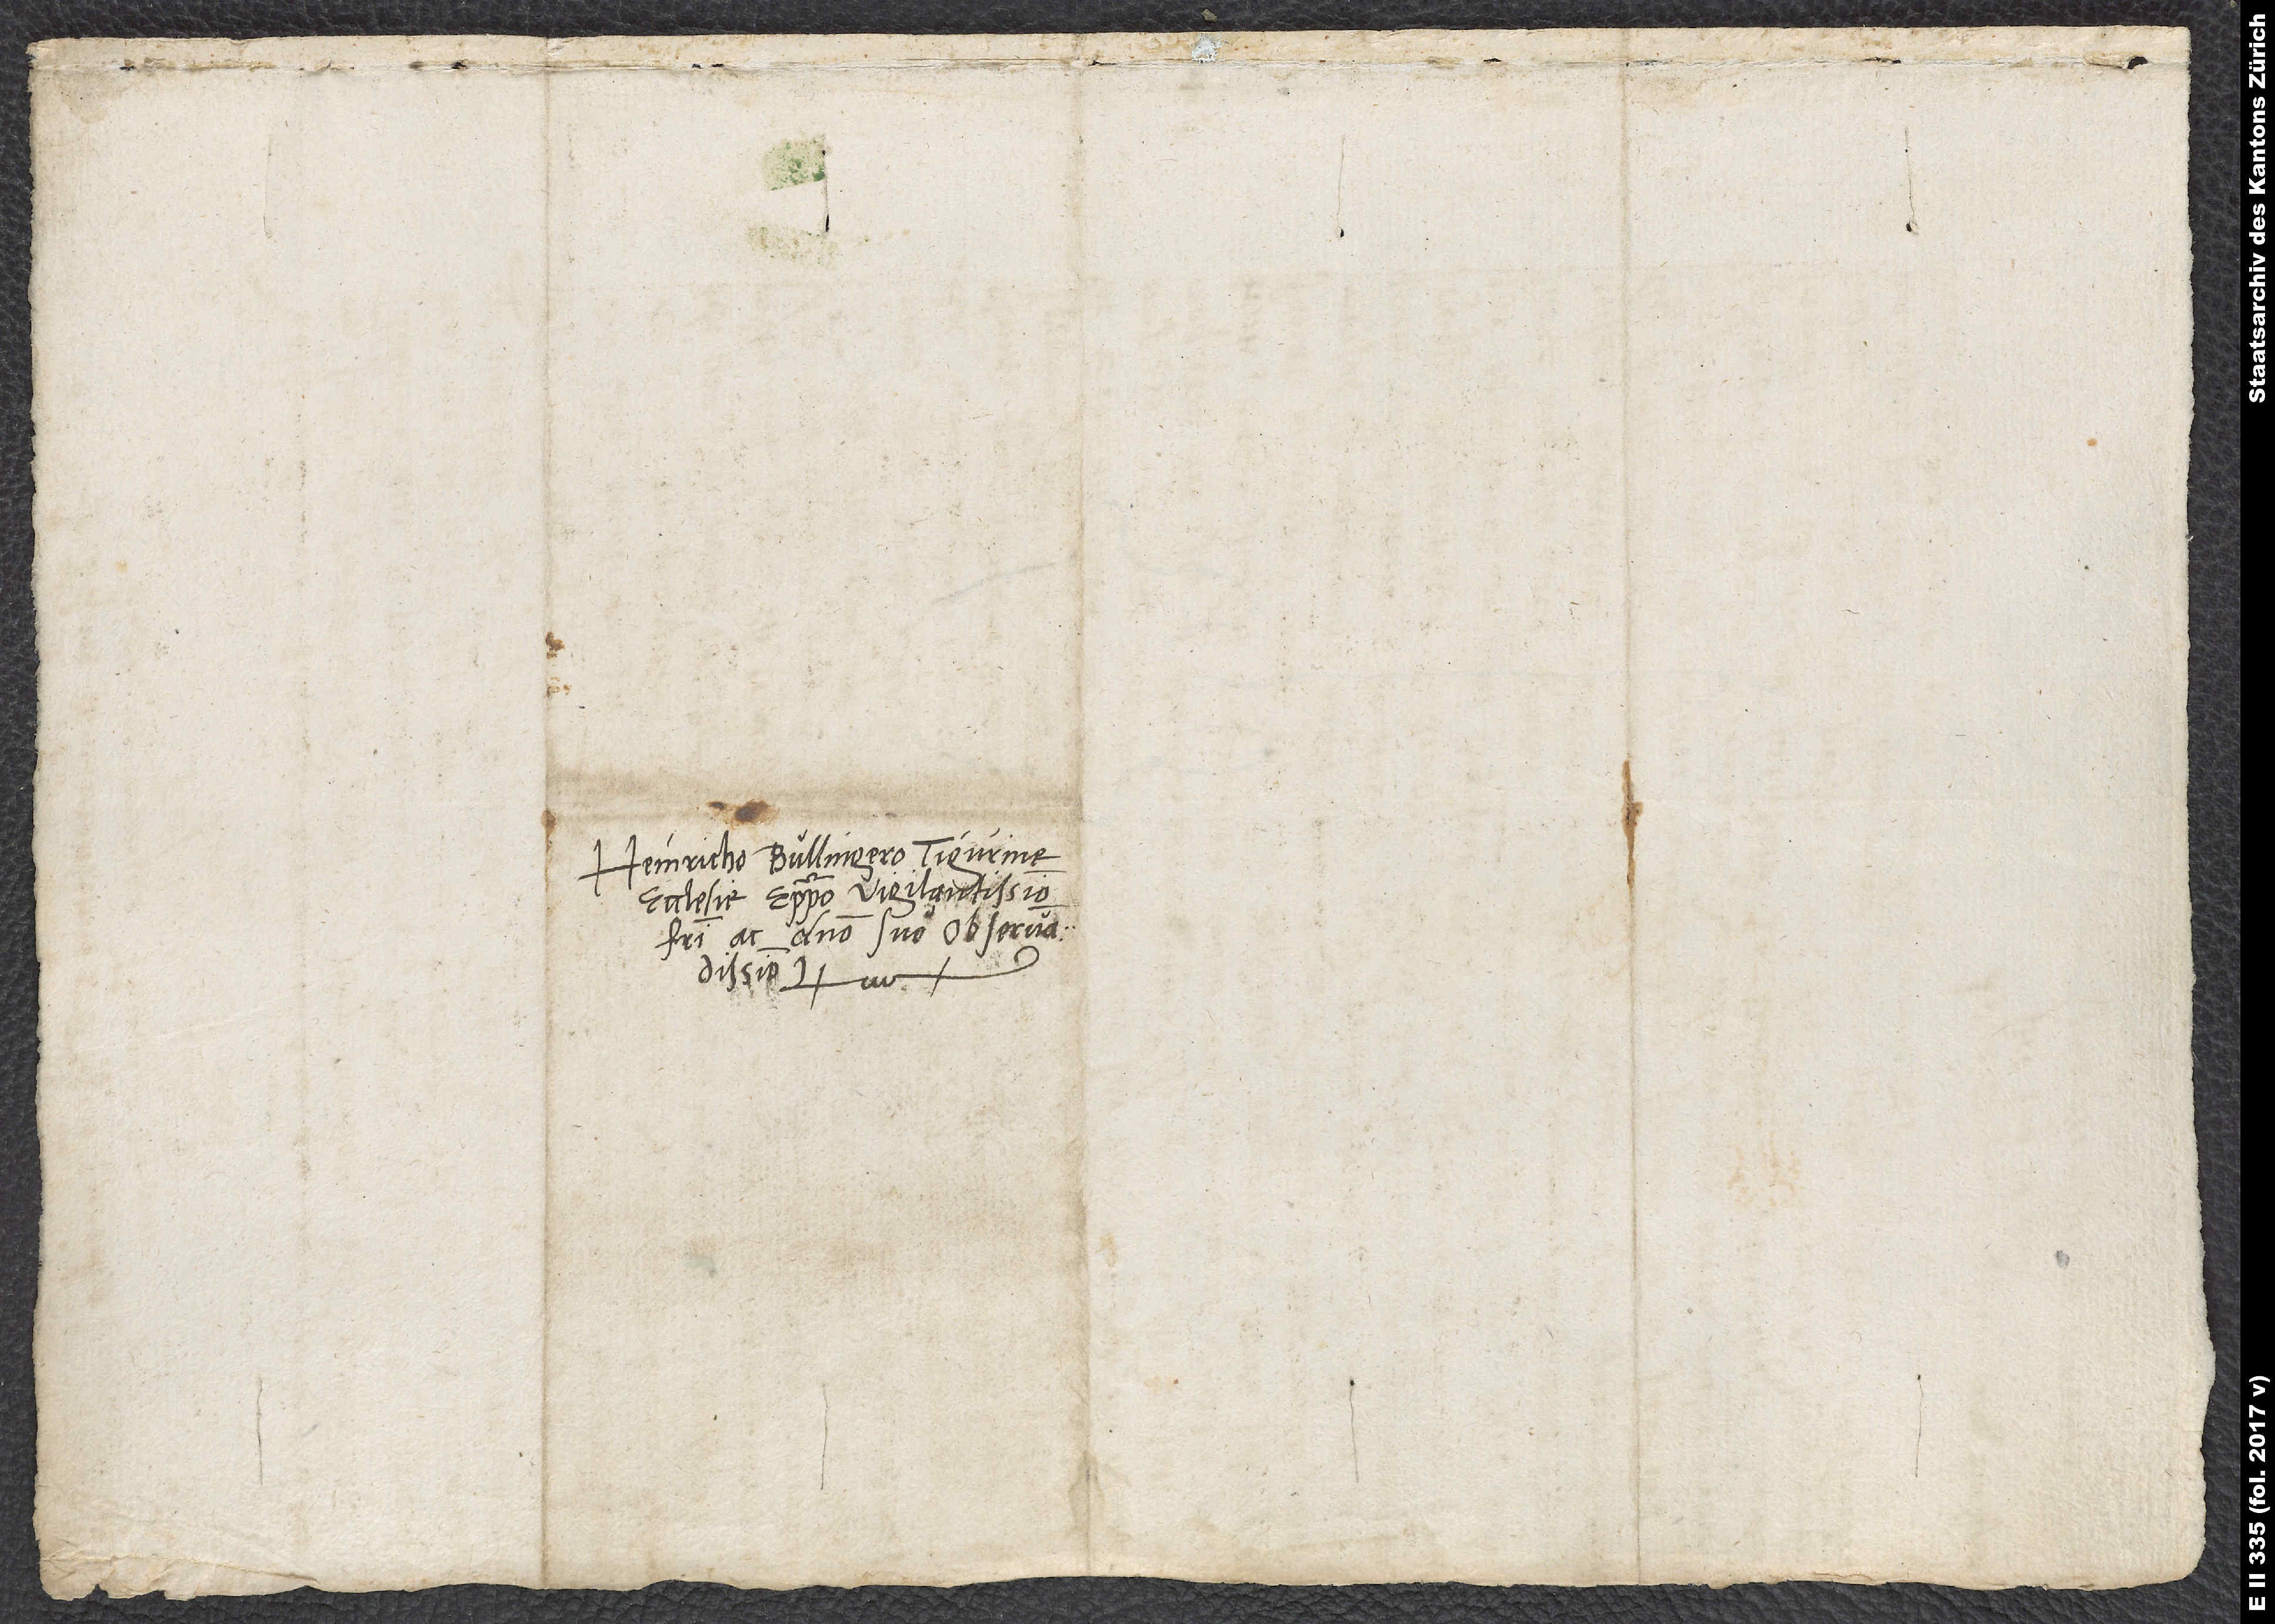
Heinricho Bullingero, Tigurine
ecclesie episcopo vigilantissimo,
fratri ac domino suo observandissimo.